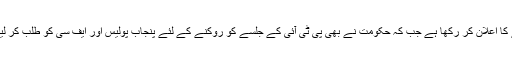
واضح رہے کہ 2 نومبر کو پاکستان تحریک انصاف کے چیرمین عمران خان نے اسلام آباد میں دھرنے کا اعلان کر رکھا ہے جب کہ حکومت نے بھی پی ٹی آئی کے جلسے کو روکنے کے لئے پنجاب پولیس اور ایف سی کو طلب کر لیا ہے اور اسلام آباد میں دفعہ 144 نافذ کر کے جلسے جلوسوں اور مظاہروں پر پابندی عائد کردی ہے۔